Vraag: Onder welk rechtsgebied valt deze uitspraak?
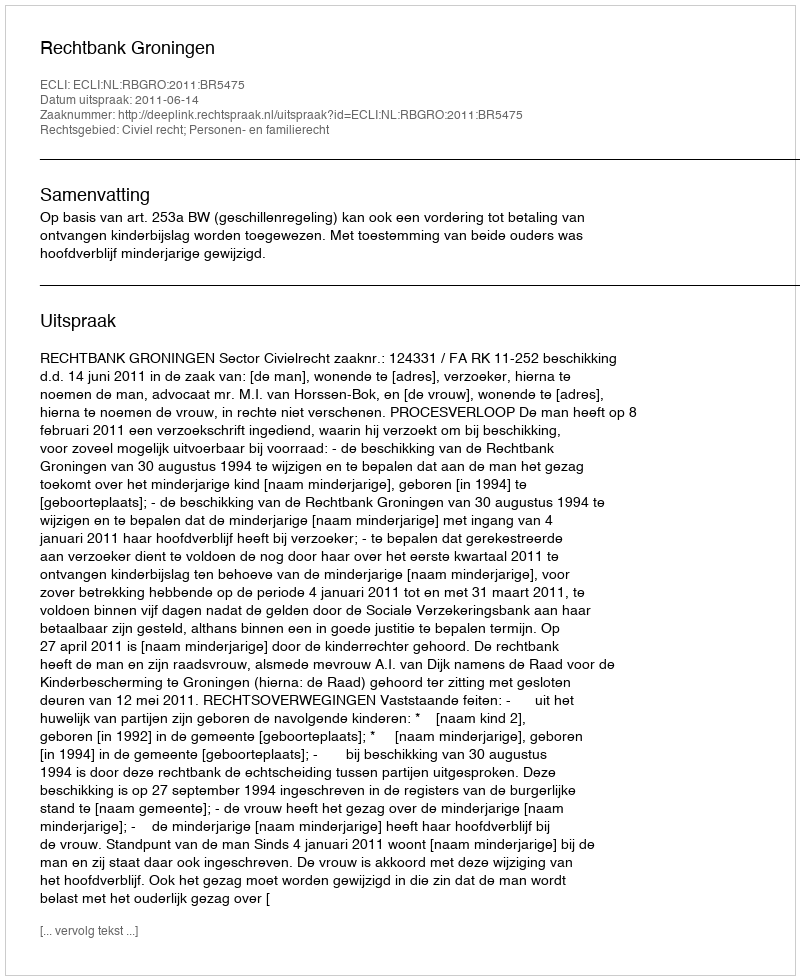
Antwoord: Civiel recht; Personen- en familierecht